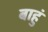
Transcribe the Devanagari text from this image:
बाहुं